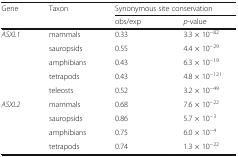
<table><thead><tr><td rowspan="2"><b>Gene</b></td><td rowspan="2"><b>Taxon</b></td><td colspan="2"><b>Synonymous site conservation</b></td></tr><tr><td><b>obs/exp</b></td><td><b><i>p</i>-value</b></td></tr></thead><tbody><tr><td><i>ASXL1</i></td><td>mammals</td><td>0.33</td><td>3.3 × 10<sup>−82</sup></td></tr><tr><td></td><td>sauropsids</td><td>0.55</td><td>4.4 × 10<sup>−29</sup></td></tr><tr><td></td><td>amphibians</td><td>0.43</td><td>6.3 × 10<sup>−19</sup></td></tr><tr><td></td><td>tetrapods</td><td>0.43</td><td>4.8 × 10<sup>−121</sup></td></tr><tr><td></td><td>teleosts</td><td>0.52</td><td>3.2 × 10<sup>−49</sup></td></tr><tr><td><i>ASXL2</i></td><td>mammals</td><td>0.68</td><td>7.6 × 10<sup>−22</sup></td></tr><tr><td></td><td>sauropsids</td><td>0.86</td><td>5.7 × 10<sup>−3</sup></td></tr><tr><td></td><td>amphibians</td><td>0.75</td><td>6.0 × 10<sup>−4</sup></td></tr><tr><td></td><td>tetrapods</td><td>0.74</td><td>1.3 × 10<sup>−22</sup></td></tr></tbody></table>